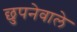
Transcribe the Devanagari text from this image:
छुपनेवाले